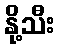
နို့သီး